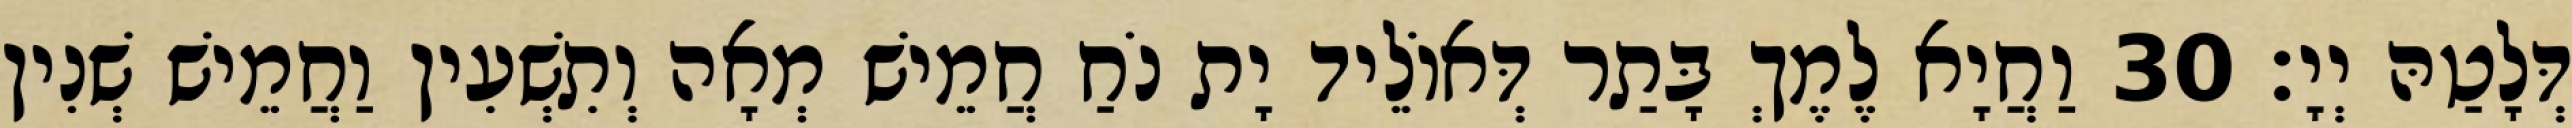
דְּלָטַהּ יְיָ׃ 30 וַחֲיָא לֶמֶךְ בָּתַר דְּאוֹלֵיד יָת נֹחַ חֲמֵישׁ מְאָה וְתִשְׁעִין וַחֲמֵישׁ שְׁנִין